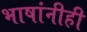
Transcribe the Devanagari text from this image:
भाषांनीही